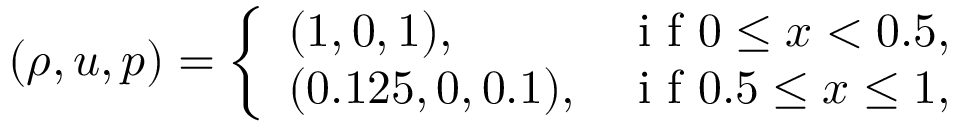
( \rho , u , p ) = \left\{ \begin{array} { l l } { ( 1 , 0 , 1 ) , } & { \mathrm { ~ i ~ f ~ } 0 \leq x < 0 . 5 , } \\ { ( 0 . 1 2 5 , 0 , 0 . 1 ) , } & { \mathrm { ~ i ~ f ~ } 0 . 5 \leq x \leq 1 , } \end{array} \right.